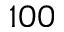
1 0 0